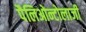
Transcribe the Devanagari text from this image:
पैलिओन्टोलाजी